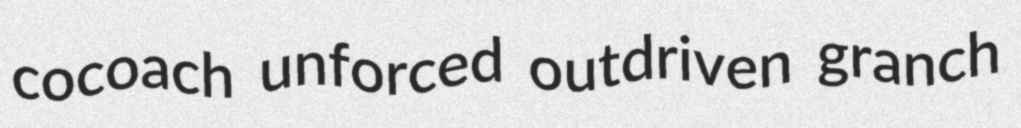
cocoach unforced outdriven granch